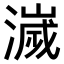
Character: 𣿄